Annual statistical returns and brief notes on vaccination in Bengal - 1896-1909
Year: 1896
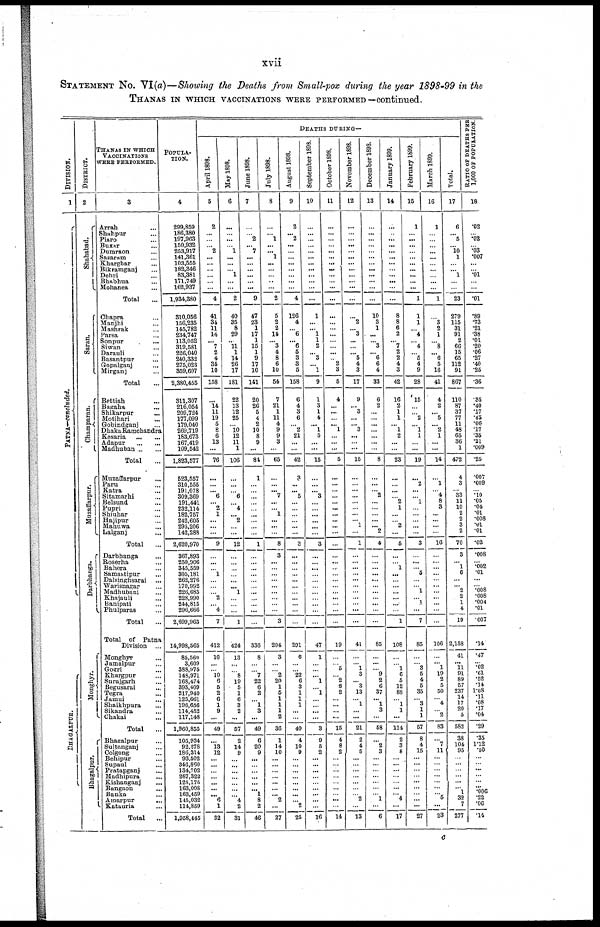
xvii
STATEMENT No. VI(a)—Showing the Deaths from Small-pox during the year 1898-99 in the
THANAS IN WHICH VACCINATIONS WERE PERFORMED—continued.
DIVISION.
1
PATNA—concluded.
BHAGALPUR.
DISTRICT.
2
Shahabad.
Saran.
Champaran.
Muzaffarpur.
Darbhanga.
Monghyr.
Bhagalpur.
THANAS IN WHICH
VACCINATIONS
WERE PERFORMED.
3
Arrah ...
Shahpur ...
Piaro ...
Buxar ...
Dumraon ...
Sasaram ...
Kharghar ...
Bikramganj ...
Dehri ...
Bhabhua ...
Mohanea ...
Total ...
Chapra ...
Manjhi ...
Mashrak ...
Parsa ...
Sonpur
...
Siwan ...
Darauli ...
Basantpur ...
Gopalganj
...
Mirganj ...
Total ...
Bettiah ...
Bagaha ...
Shikarpur ...
Motihari
...
Gobindganj ...
Dhaka Ramchandra
Kesaria
...
...
Adapur
...
...
Madhuban ... ...
Total ...
Muzaffarpur ...
Paru ...
Katra ...
Sitamarhi ...
Belsund ...
Pupri ...
Shiuhar ...
Hajipur ...
Mahuwa ...
Lalganj ...
Total ...
Darbhanga ...
Roserha ...
Bahera ...
Samastipur ...
Dalsinghsarai ...
Warisnagar ...
Madhubani ...
Khaiauli ...
Banipati ...
Phulparas ...
Total ...
Total of Patna
Division ...
Monghyr ...
Jamalpur ...
Gogri ...
Khargpur ...
Surajgarh ...
Begusarai ...
Tegra ...
Jamui
...
Shaikhpura ...
Sikandra ...
Chakai ...
Total ...
Bhagalpur ...
Sultanganj ...
Colgong ...
Behipur ...
Supaul ...
Pratapganj ...
Madhipura ...
Kishanganj ...
Bangaon ...
Banka ...
Ainarpur
...
Katauria ...
Total
...
POPULA-
----.
4
299,859
186,380
197,963
150,932
253,917
141,361
103,555
182,346
83,381
171,749
162,937
1,934,380
310,056
156,235
145,782
234,747
113,052
319,581
226,040
240,332
275,023
359,607
2,380,455
311,307
216,054
209,724
177,099
179,040
269,719
183,673
167,419
109,542
1,823,577
523,557
310,555
191,078
309,369
191,441
232,114
182,757
242,605
295,206
142,288
2,620,970
367,893
250,906
345,559
305,181
262,276
170,992
226,685
228,990
244,815
296,666
2,699,963
14,998,565
85,560
3,609
388,975
148,971
168,474
393,409
217,940
125,661
196,656
114,452
117,148
1,960,855
105,934
92,278
186,314
93,502
346,860
134,702
287,322
125,175
163,008
163,459
145,032
114,859
1,958,445
DEATHS DURING—
April 1898.
5
2
...
...
... 2
...
...
...
...
...
...
4
41
34
11
14
... 7
2
4
35
10
158
...
14
11
19
5
8
6
13
...
76
...
...
... 6
...
2
1
...
...
...
9
...
...
...
1
...
...
...
2
...
4
7
412
10
...
...
10
6
5
2
6
1
9
...
49
...
13
12
...
...
...
...
...
...
...
6
1
32
May 1898.
6
...
...
...
...
1
...
...
... 1
...
...
2
40
35
8
29
...
11
1
14
26
17
181
22
13
12
25
...
10
12
11
1
106
...
...
...
6
...
4
...
2
...
...
12
...
...
...
...
...
... 1
...
...
...
1
424
13
...
...
8
19
5
1
6
3
2
...
57
2
14
9
...
...
...
...
...
...
...
4
2
31
June 1898.
7
...
...
2
... 7
...
...
...
...
...
...
9
47
23
1
17
1
15
1
9
17
10
141
20
26
5
4
2
10
8
9
...
84
1
...
...
...
...
...
...
...
...
...
1
...
...
...
...
...
...
...
...
...
...
...
336
8
...
...
7
22
6
2
...
1
3
...
49
6
20
9
...
...
...
...
...
...
1
8
2
46
July 1898.
8
...
...
1
...
... 1
...
...
...
...
...
2
5
2
2
14
... 3
4
8
6
10
54
7
21
1
11
4
9
9
3
...
65
...
...
... 7
...
...
1
...
...
...
8
3
...
...
...
...
...
...
...
...
...
3
204
3
...
...
2
20
1
5
1
1
1
2
36
1
14
10
...
...
...
...
...
...
... 2
...
27
August 1898.
9
2
...
2
...
...
...
...
...
...
...
...
4
126
4
...
6
... 6
5
3
3
5
158
6
4
3
6
...
2
21
...
...
42
3
...
... 5
...
...
...
...
...
...
8
...
...
...
...
...
...
...
...
...
...
...
291
6
...
...
22
6
3
1
1
1
...
...
40
4
10
9
...
...
...
...
...
...
...
... 2
25
September 1898.
10
...
...
...
...
...
...
...
...
...
...
...
...
1
...
... 1
1
2
... 3
...
1
9
1
3
1
4
... 1
5
...
...
15
...
...
... 3
...
...
...
...
...
...
3
...
...
...
...
...
...
...
...
...
...
...
47
1
...
...
... 1
...
1
...
...
...
...
3
9
5
2
...
...
...
...
...
... ...
...
...
16
October 1898.
11
...
...
...
...
...
...
... ...
...
...
...
...
...
...
...
...
...
...
...
...
2
3
5
4
...
...
...
... 1
...
...
...
5
...
...
...
...
...
...
...
...
...
...
...
...
...
...
...
...
...
...
...
...
...
...
19
...
...
5
...
2
6 2
...
...
...
...
15
4
8
2
...
...
...
...
...
...
...
...
...
14
November 1898.
12
...
...
...
...
...
...
...
...
...
...
...
...
...
2
...
3
...
...
...
5
4
3
17
9
... 3
...
... 3
...
...
...
15
...
...
...
...
...
...
...
...
1
...
1
...
...
...
...
...
...
...
...
...
...
...
41
...
...
1
3
...
3
13
...
1
...
...
21
2
4
5
...
...
...
...
...
...
...
2
...
13
December 1898.
13
...
...
...
...
...
...
...
...
...
...
...
...
10
3
1
...
...
3
... 6
6
4
33
6
2
...
...
...
...
...
...
...
8
...
...
...
2
...
...
...
...
... 2
4
...
...
...
...
...
...
...
...
...
...
...
85
...
...
...
9
2
6
37
... 1
3
...
58
...
2
3
...
...
...
...
...
...
...
1
...
6
January 1899.
14
...
...
...
...
...
...
...
...
...
...
...
...
8
8
6
2
...
7
2
2
4
3
42
16
2
1
1
...
1
2
...
...
23
...
...
...
...
2
1
...
...
2
...
5
...
...
1
...
...
...
...
...
...
...
1
108
...
...
1
6
5
12
88
...
1
1
...
114
2
3
8
...
...
...
...
...
...
... 4
...
17
February 1899.
15
1
...
...
...
...
...
...
...
...
...
...
1
1
1
...
4
...
4
...
5
4
9
28
15
...
...
2
...
1
1
...
...
19
...
2
...
...
1
...
...
...
...
...
3
...
...
...
5
...
...
1
...
1
...
7
85
...
...
3
5
4
5
35
...
3
1
1
57
8
4
15
...
...
...
...
...
...
...
...
...
27
March 1899.
16
1
...
...
...
...
...
...
...
...
...
...
1
...
3
2
1
...
8
...
6
5
16
41
4
2
...
5
...
2
1
...
...
14
...
1
...
4
8
3
...
...
...
...
16
...
...
...
...
...
...
...
...
...
...
...
106
...
... 1
19
2
5
50
...
4
...
2
83
...
7
11
...
...
...
...
...
...
...
5
...
23
Total.
17
6
...
5
... 10
1
...
...
1
...
...
23
279
115
31
91
2
66
15
65
112
91
867
110
87
37
77
11
48
65
36
1
472
4
3
...
33
11
10
2
2
3
2
70
3
... 1
6
...
...
2
2
1
4
19
2,158
41
... 11
91
89
57
237
14
17
20
5
582
38
104
95
...
...
...
...
...
... 1
32
7
277
RATIO OF DEATHS PER
1,000 OF POPULATION.
18
.02
...
.02
...
.03
.007
...
...
.01
...
...
.01
.89
.73
.21
.38
.01
.20
.06
.27
.40
.25
.36
.35
.40
.17
.48
.06
.17
.35
.21
.009
.25
.007
.009
...
.10
.05
.04
.01
.008
.01
.01
.02
.008
...
.002
.01
...
...
.008
.008
.004
.01
.007
.14
.47
...
.02
.61
.52
.14
1.08 .11
.08
.17
.04
.29
.35
1.12
.50
...
...
...
...
...
... .006
.22
.06
.14
c